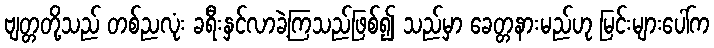
ဗျတ္တတို့သည် တစ်ညလုံး ခရီးနှင်လာခဲ့ကြသည်ဖြစ်၍ သည်မှာ ခေတ္တနားမည်ဟု မြင်းများပေါ်က